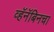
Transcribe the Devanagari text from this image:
व्हॅनॅबिनचा